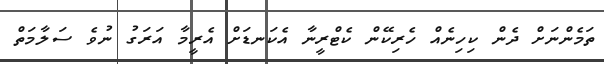
ތަމެންނަށް ދެން ކިހިނެއް ހެރިކޭން ކެޓްރީނާ އެކަނޑަށް އެރީމާ އަރަގު ނުވެ ސަލާމަތް